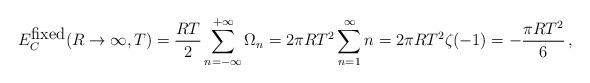
LaTeX: \begin{align*}E_C^{\mbox{fixed}}(R\to\infty,T)=\frac{RT}{2}\sum_{n=-\infty}^{+\infty}\Omega_n=2\pi R T^2\sum_{n=1}^{\infty}n=2\pi R T^2\zeta (-1)= - \frac{\pi R T^2}{6}\,{,}\end{align*}